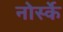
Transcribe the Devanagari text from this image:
नोर्स्के